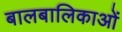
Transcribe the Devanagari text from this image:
बालबालिकाओं